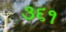
૩૬૧